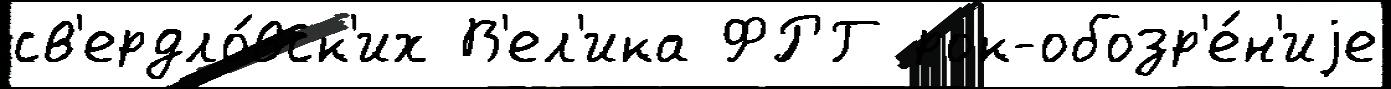
св'ердло́вск'их В'ел'ика ФРГ рок-обозр'е́н'иjе